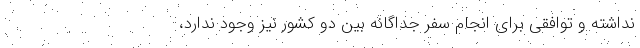
نداشته و توافقی برای انجام سفر جداگانه بین دو کشور نیز وجود ندارد،